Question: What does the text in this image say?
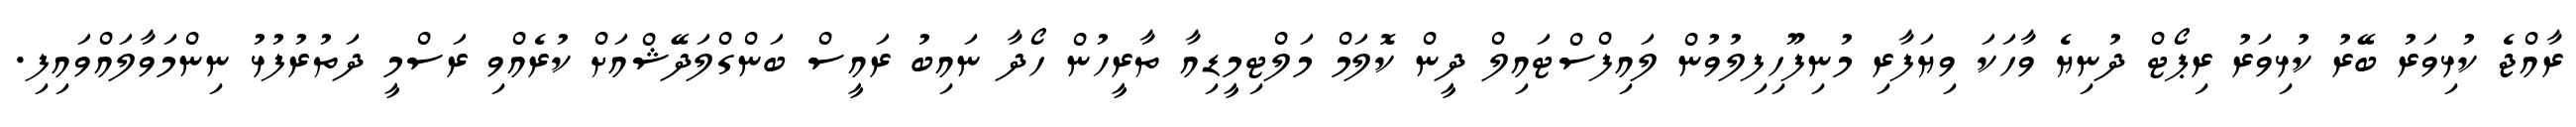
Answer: ރާއްޖެ ކުޅިވަރު ބޭރު ކުޅިވަރު ރިޕޯޓް ދުނިޔެ ވާހަކަ ވިޔަފާރި މުނިފޫހިފިލުވުން ލައިފްސްޓައިލް ދީން ކޮލަމް މަލްޓިމީޑިއާ ތާރީހުން ހޯދާ ނައިބު ރައީސް ބަންގްލަދޭޝްއަށް ކުރެއްވި ރަސްމީ ދަތުރުފުޅު ނިންމަވާލައްވައިފި.